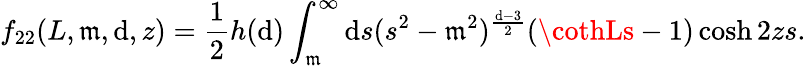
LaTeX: f_{22}(L,\mathfrak{m},\mathrm{d},z)=\frac{{1}}{{2}}h(\mathrm{d})\int_{\mathfrak{m}}^{\infty}\mathrm{d}s(s^{2}-\mathfrak{m}^{2})^{\frac{{\mathrm{d}-3}}{{2}}}(\cothLs-1)\cosh2zs.